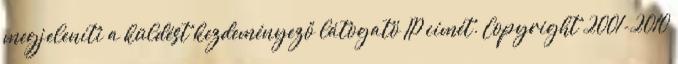
megjeleníti a küldést kezdeményező látogató IP címét. Copyright 2001-2010